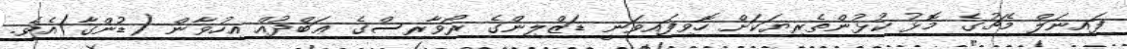
ފައިނަލް މެޗުގެ މޮޅު ކުޅުންތެރިޔަކަށް ހޮވިފައިވަނީ ޑަޒްލިންގެ ރޯވާރސްގެ ޢަބްދުއް އިހުވާން (ޑުންގާ)އެވެ.